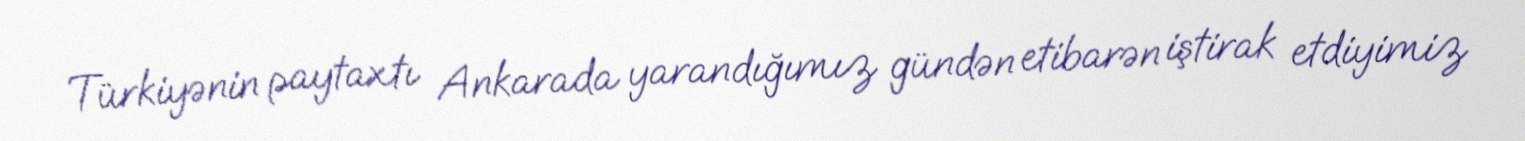
Türkiyənin paytaxtı Ankarada yarandığımız gündən etibarən iştirak etdiyimiz